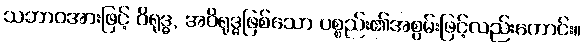
သဘာဝအားဖြင့် ဝိရုဒ္ဓ, အဝိရုဒ္ဓဖြစ်သော ပစ္စည်း၏အစွမ်းဖြင့်လည်းကောင်း။